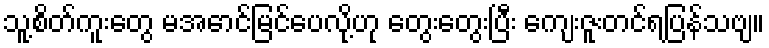
သူ့စိတ်ကူးတွေ မအောင်မြင်ပေလို့ဟု တွေးတွေးပြီး ကျေးဇူးတင်ရပြန်သဗျ။